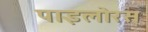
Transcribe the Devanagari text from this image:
पाइलोरस